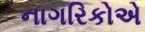
નાગરિકોએ